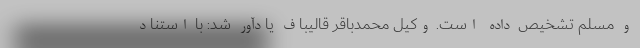
و مسلم تشخیص داده است. وکیل محمدباقر قالیباف یادآور شد: با استناد